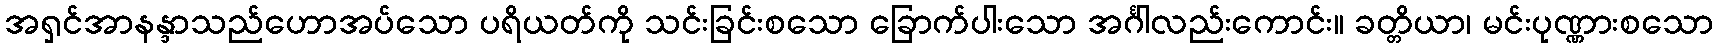
အရှင်အာနန္ဒာသည်ဟောအပ်သော ပရိယတ်ကို သင်းခြင်းစသော ခြောက်ပါးသော အင်္ဂါလည်းကောင်း။ ခတ္တိယာ၊ မင်းပုဏ္ဏားစသော